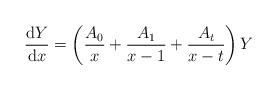
LaTeX: \begin{align*}\frac{{\rm d}Y}{{\rm d}x}= \left( \frac{A_0}{x}+\frac{A_1}{x-1}+\frac{A_t}{x-t} \right)Y\end{align*}